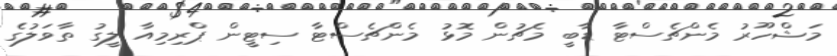
މަޝްހޫރު މެންޗެސްޓާ ޑާބީ މެޗުން މޮޅު މެންޗެސްޓާ ސިޓީން ޕްރިމިއާ ލީގު ތާވަލުގެ